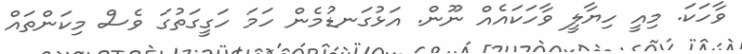
ވާހަކަ. މިއީ ހިޔާލީ ވާހަކައެއް ނޫން. އަޅުގަނޑުމެން ހަމަ ހަގީގަތުގަ ވެސް މިކަންތައް